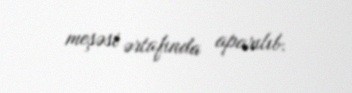
meşəsi ərtafında aparılıb.